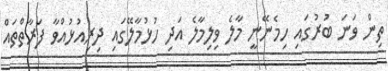
ތިން ވަނަ ބުރުގައި ހިމެނޭނީ މާލެ ވިލިމާލެ އަދި ހުޅުމާލޭގައި ދިރިއުޅުއްވާ ފަރާތްތައް